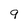
Character: 9